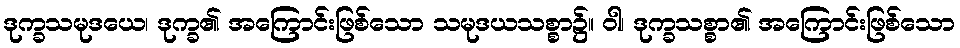
ဒုက္ခသမုဒယေ၊ ဒုက္ခ၏ အကြောင်းဖြစ်သော သမုဒယသစ္စာ၌။ ဝါ၊ ဒုက္ခသစ္စာ၏ အကြောင်းဖြစ်သော